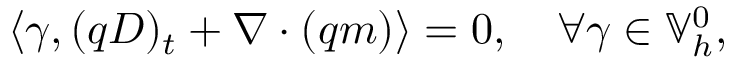
\left\langle \gamma , ( q D ) _ { t } + \nabla \cdot ( q m ) \right\rangle = 0 , \quad \forall \gamma \in \mathbb { V } _ { h } ^ { 0 } ,